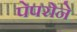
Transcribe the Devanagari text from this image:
पेपरोने